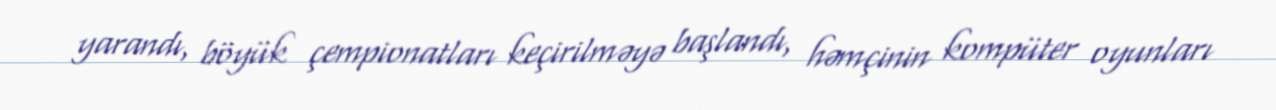
yarandı, böyük çempionatları keçirilməyə başlandı, həmçinin kompüter oyunları